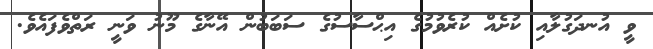
ވީ އުނދަގުލާއި ކުށެއް ކުރެވުމުގެ އިޙްސާސުގެ ސަބަބުން އޭނާގެ މޫނު ވަނީ ރަތްވެފައެވެ.